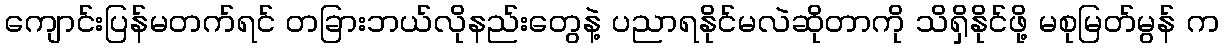
ကျောင်းပြန်မတက်ရင် တခြားဘယ်လိုနည်းတွေနဲ့ ပညာရနိုင်မလဲဆိုတာကို သိရှိနိုင်ဖို့ မစုမြတ်မွန် က